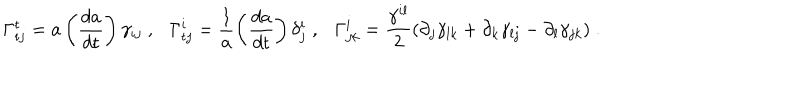
\Gamma _ { i j } ^ { \sf t } = a \left( \frac { d a } { d { \sf t } } \right) \gamma _ { i j } \; , \Gamma _ { { \sf t } j } ^ { i } = \frac { 1 } { a } \left( \frac { d a } { d { \sf t } } \right) \delta _ { j } ^ { i } \; , \Gamma _ { j k } ^ { i } = \frac { \gamma ^ { i l } } { 2 } ( \partial _ { j } \gamma _ { l k } + \partial _ { k } \gamma _ { l j } - \partial _ { l } \gamma _ { j k } ) \; .